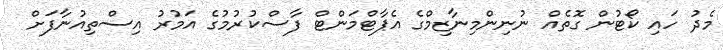
މެދު ހައި ކޯޓުން ގޮތެއް ނުނިންމިނާޒިމްގެ އެޕާޓްމަންޓް ފާސްކުރުމުގެ އަމުރު އިސްތިއުނާފަށް